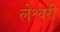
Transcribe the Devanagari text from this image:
लेश्वरी